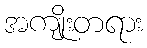
အကျိုးတရား